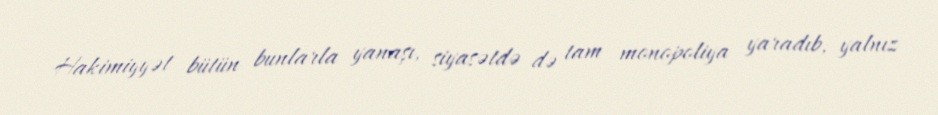
Hakimiyyət bütün bunlarla yanaşı, siyasətdə də tam monopoliya yaradıb, yalnız